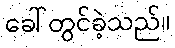
ခေါ်တွင်ခဲ့သည်။